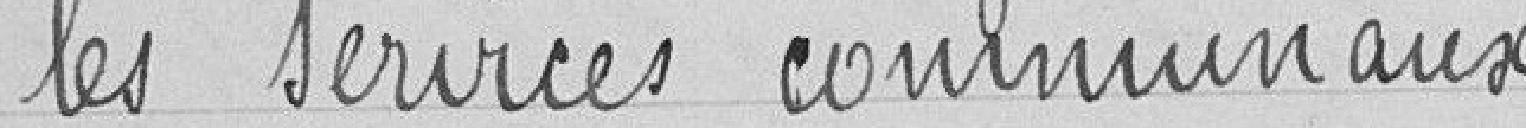
les services communaux.